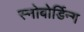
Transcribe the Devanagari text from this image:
स्नोबोर्डिन्ग